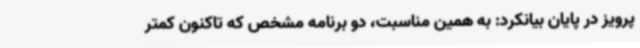
پرویز در پایان بیانکرد: به همین مناسبت، دو برنامه مشخص که تاکنون کمتر